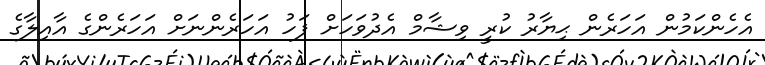
އެހެންކަމުން އަހަރެން ޙިޔާރު ކުރީ ވިޝާމް އެދުވަހަށް ފަހު އަހަރެންނަށް އަހަރެންގެ އާއިލާގެ